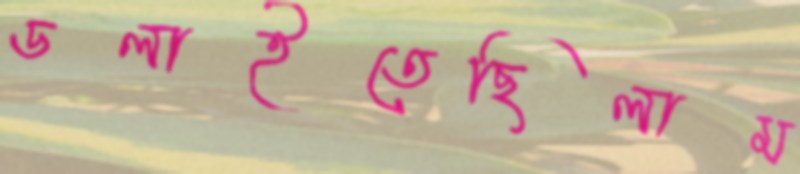
ডলাইতেছিলাম